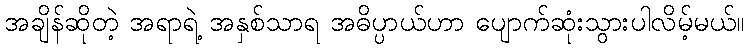
အချိန်ဆိုတဲ့ အရာရဲ့ အနှစ်သာရ အဓိပ္ပာယ်ဟာ ပျောက်ဆုံးသွားပါလိမ့်မယ်။